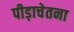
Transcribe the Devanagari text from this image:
पीड़ाचेतना